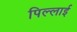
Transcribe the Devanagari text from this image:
पिल्लाई